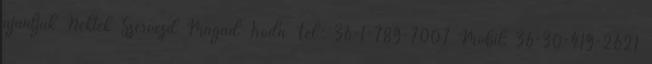
ajánljuk Nektek Szervezd Magad Iroda Tel.: 36-1-789-7007 Mobil: 36-30-419-2621